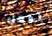
تفعل